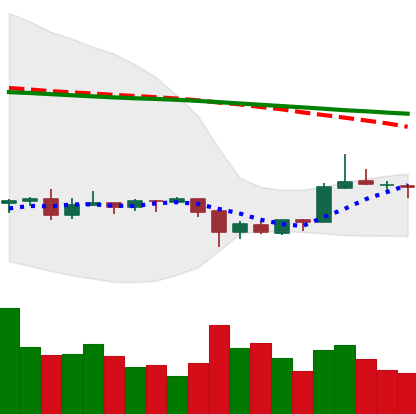
Ticker: ETC-USD
Chart end date: 2020-09-30
Forward return: -5.358%
Label: down_5_7